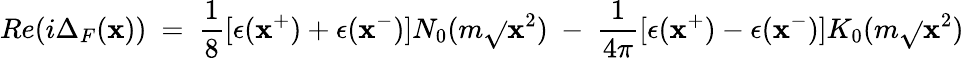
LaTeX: Re(i\Delta_{F}(\mathbf{x}))~=~{\frac{{1}}{{8}}}[\epsilon(\mathbf{x}^{+})+\epsilon(\mathbf{x}^{-})]N_{0}(m\sqrt{}{{\mathbf{x}^{2}}})~-~{\frac{{1}}{{4\pi}}}[\epsilon(\mathbf{x}^{+})-\epsilon(\mathbf{x}^{-})]K_{0}(m\sqrt{}{{\mathbf{x}^{2}}})